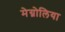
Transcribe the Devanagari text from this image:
मेग्नोलिया